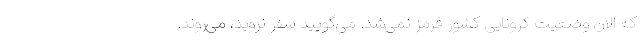
که الان وضعیت کرونایی کشور قرمز نمی‌شد. می‌گویید سفر نروید، می‌روند.